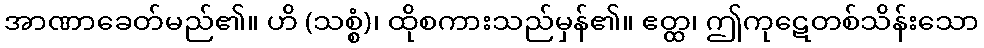
အာဏာခေတ်မည်၏။ ဟိ (သစ္စံ)၊ ထိုစကားသည်မှန်၏။ ဧတ္ထ၊ ဤကုဋေတစ်သိန်းသော